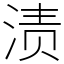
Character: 渍